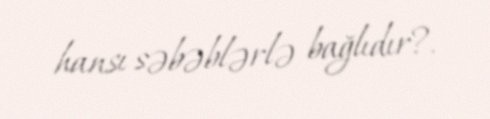
hansı səbəblərlə bağlıdır?.